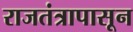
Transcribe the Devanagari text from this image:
राजतंत्रापासून